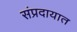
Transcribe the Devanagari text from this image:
संंप्रदायात